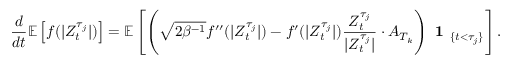
\frac { d } { d t } \mathbb { E } \left[ f ( | Z _ { t } ^ { \tau _ { j } } | ) \right] = \mathbb { E } \left[ \left( \sqrt { 2 \beta ^ { - 1 } } f ^ { \prime \prime } ( | Z _ { t } ^ { \tau _ { j } } | ) - f ^ { \prime } ( | Z _ { t } ^ { \tau _ { j } } | ) \frac { Z _ { t } ^ { \tau _ { j } } } { | Z _ { t } ^ { \tau _ { j } } | } \cdot A _ { T _ { k } } \right) \textbf { 1 } _ { \{ t < \tau _ { j } \} } \right] .